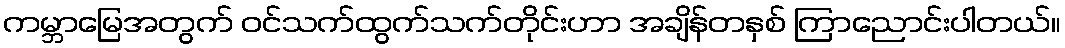
ကမ္ဘာမြေအတွက် ဝင်သက်ထွက်သက်တိုင်းဟာ အချိန်တနှစ် ကြာညောင်းပါတယ်။